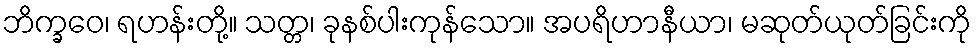
ဘိက္ခဝေ၊ ရဟန်းတို့။ သတ္တ၊ ခုနစ်ပါးကုန်သော။ အပရိဟာနီယာ၊ မဆုတ်ယုတ်ခြင်းကို